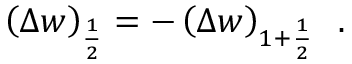
\left( \Delta w \right) _ { \frac { 1 } { 2 } } = - \left( \Delta w \right) _ { 1 + \frac { 1 } { 2 } } \, \mathrm { ~ . ~ }